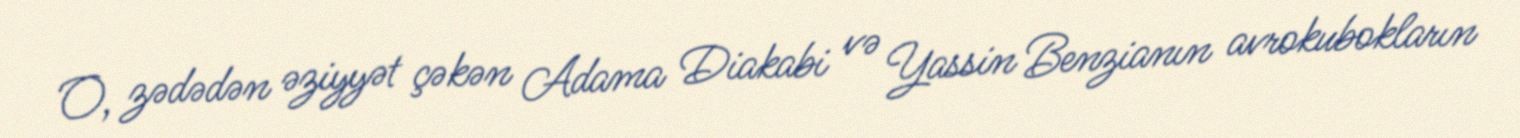
O, zədədən əziyyət çəkən Adama Diakabi və Yassin Benzianın avrokubokların